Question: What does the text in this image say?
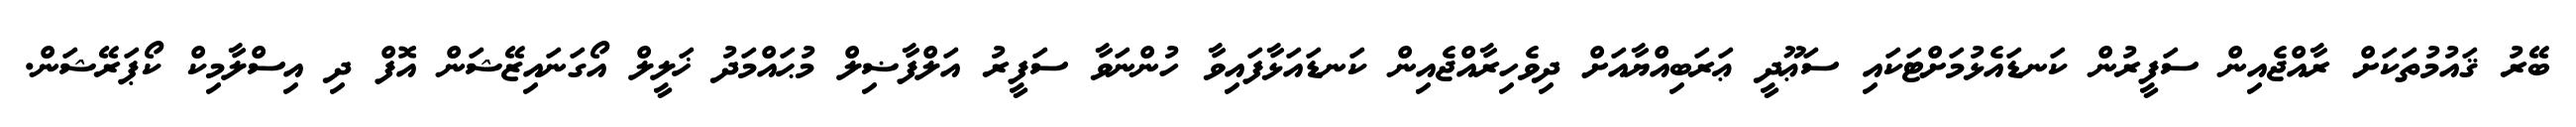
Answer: ބޭރު ޤައުމުތަކަށް ރާއްޖެއިން ސަފީރުން ކަނޑައެޅުމަށްޓަކައި ސަޢޫދީ ޢަރަބިއްޔާއަށް ދިވެހިރާއްޖެއިން ކަނޑައަޅާފައިވާ ހުންނަވާ ސަފީރު އަލްފާޟިލް މުޙައްމަދު ޚަލީލް އޯގަނައިޒޭޝަން އޮފް ދި އިސްލާމިކް ކޯޕަރޭޝަން.